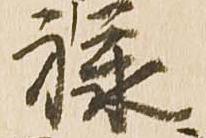
禄